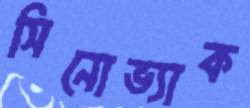
সিনোভ্যাক